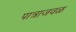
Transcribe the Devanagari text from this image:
पात्राजवळ